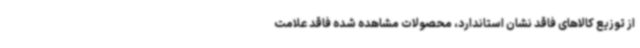
از توزیع کالاهای فاقد نشان استاندارد، محصولات مشاهده شده فاقد علامت